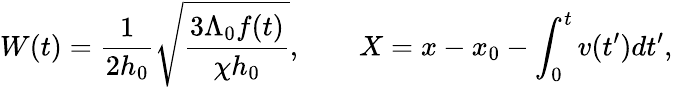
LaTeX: W(t)=\frac{1}{2h_{0}}\sqrt{\frac{3\Lambda_{0}f(t)}{\chi h_{0}}},~~~~~~~~X=x-x_{0}-\int_{0}^{t}v(t^{\prime})dt^{\prime},